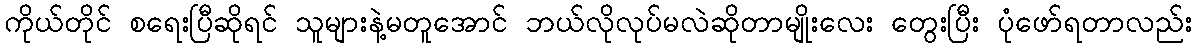
ကိုယ်တိုင် စရေးပြီဆိုရင် သူများနဲ့မတူအောင် ဘယ်လိုလုပ်မလဲဆိုတာမျိုးလေး တွေးပြီး ပုံဖော်ရတာလည်း